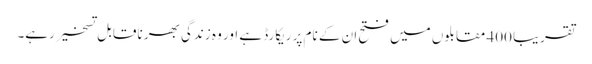
تقریبا 400 مقابلوں میں فتح ان کے نام پر ریکارڈ ہے اور وہ زندگی بھر ناقابل تسخیر رہے۔